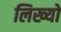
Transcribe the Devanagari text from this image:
लिख्‍यो